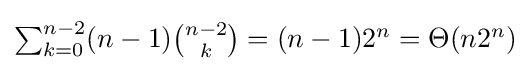
{\textstyle \sum _{k=0}^{n-2}(n-1){\binom {n-2}{k}}=(n-1)2^{n}=\Theta (n2^{n})}